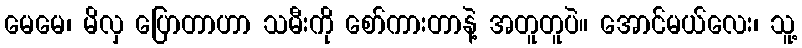
မေမေ၊ မိလှ ပြောတာဟာ သမီးကို စော်ကားတာနဲ့ အတူတူပဲ။ အောင်မယ်လေး၊ သူ့